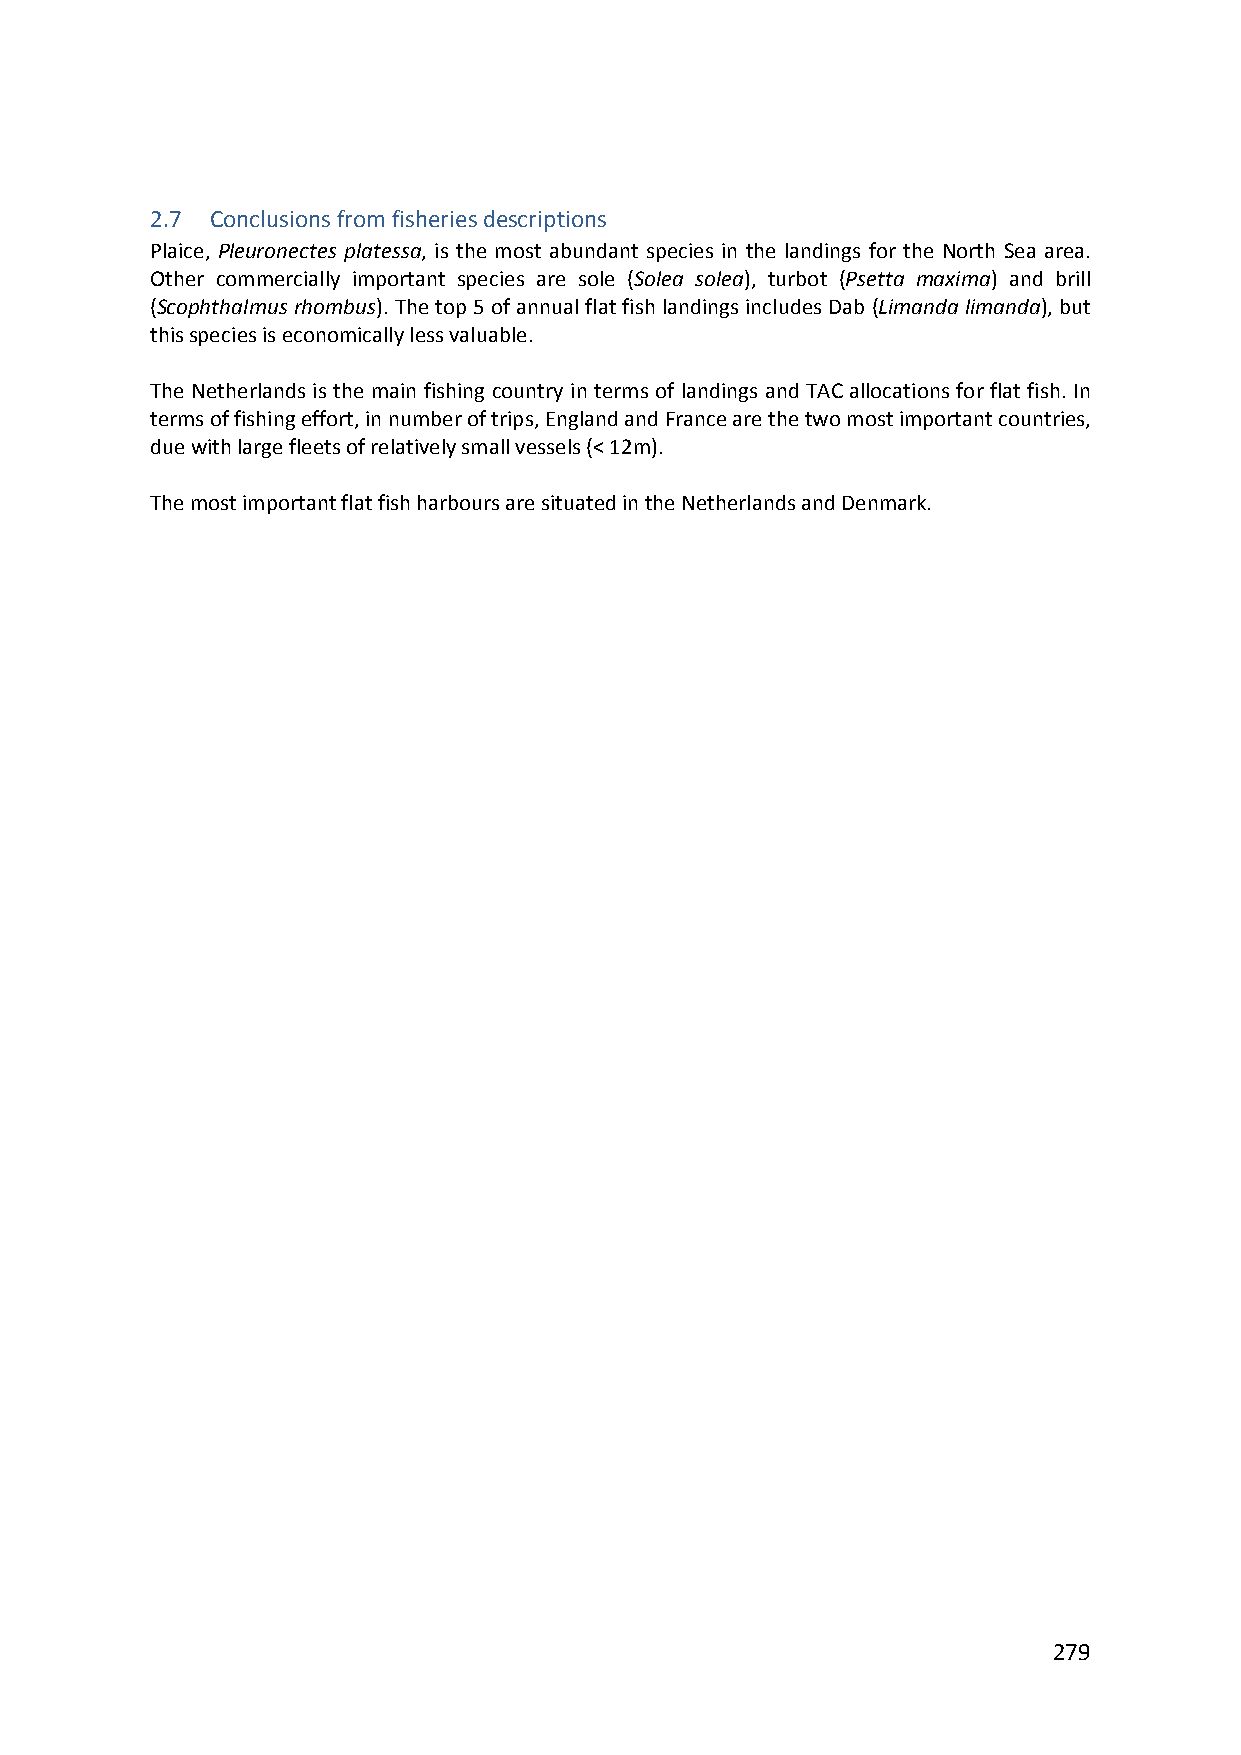
2.7 Conclusions from fisheries descriptions
 Plaice, Pleuronectes platessa, is the most abundant species in the landings for the North Sea area.
 Other commercially important species are sole (Solea solea), turbot (Psetta maxima) and brill
 (Scophthalmus rhombus). The top 5 of annual flat fish landings includes Dab (Limanda limanda), but
 this species is economically less valuable.
 The Netherlands is the main fishing country in terms of landings and TAC allocations for flat fish. In
 terms of fishing effort, in number of trips, England and France are the two most important countries,
 due with large fleets of relatively small vessels (< 12m).
 The most important flat fish harbours are situated in the Netherlands and Denmark.
 279